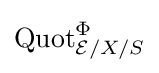
{\text{Quot}}_{{\mathcal {E}}/X/S}^{\Phi }